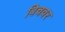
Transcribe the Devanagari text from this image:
बिचवर